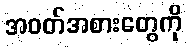
အဝတ်အစားတွေကို